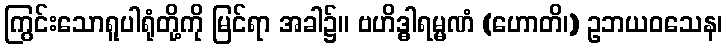
ကြွင်းသောရူပါရုံတို့ကို မြင်ရာ အခါ၌။ ဗဟိဒ္ဓါရမ္မဏံ (ဟောတိ၊) ဥဘယဝသေန၊